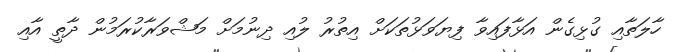
ހާލަތާއި ގުޅިގެން އަޅާފައިވާ ފިޔަވަޅުތަކަށް އިތުރު ލުއި ދިނުމަށް މަޝްވަރާކުރަމުން ދާތީ އާއި